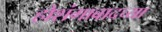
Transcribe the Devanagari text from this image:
होशंगाबादच्या